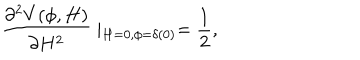
LaTeX: \frac { \partial ^ { 2 } V ( \phi , H ) } { \partial H ^ { 2 } } \mid _ { H = 0 , \phi = \delta ( 0 ) } = \frac { 1 } { 2 } ,